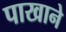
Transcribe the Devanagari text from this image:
पाखाने